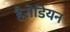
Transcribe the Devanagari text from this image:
हैरोडियन